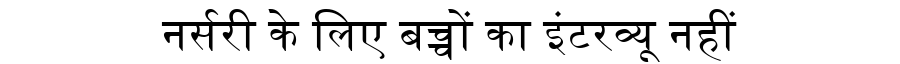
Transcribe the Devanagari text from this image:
नर्सरी के लिए बच्चों का इंटरव्यू नहीं